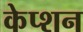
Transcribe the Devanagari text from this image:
केप्‍शन